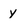
Character: y